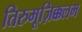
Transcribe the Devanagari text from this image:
तिरुमूज़िक्कलम